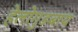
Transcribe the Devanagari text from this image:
हेलोगुडबाय